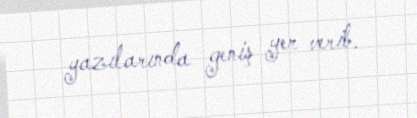
yazılarında geniş yer verib.